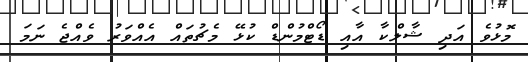
މޮޅުވެ އަދި ޝާލްކާ އާއި ޑޯޓްމުންޑް ކުޅޭ މެޗުތައް އެއްވަރު ވެއްޖެ ނަމަ